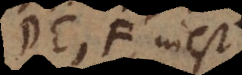
E, F inest;